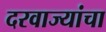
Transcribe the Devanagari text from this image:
दरवाज्यांचा